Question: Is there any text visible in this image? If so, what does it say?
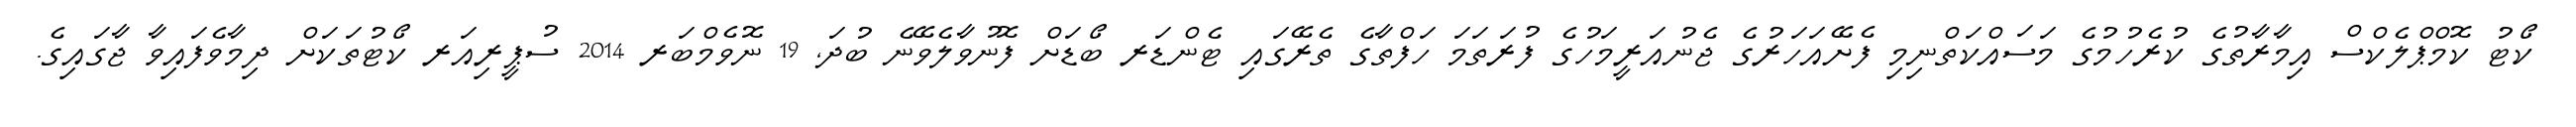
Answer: ކޯޓު ކޮމްޕްލެކްސް އިމާރާތުގެ ކުރެހުމުގެ މަސައްކަތްނިމި ފެށޭއަހަރުގެ ޖެނުއަރީމަހުގެ ފުރަތަމަ ހަފްތާގެ ތެރޭގައި ޓެންޑަރ ބޯޑަށް ފޮނުވާލެވޭނެ ބުދަ, 19 ނޮވެމްބަރ 2014 ސުޕީރިއަރ ކޯޓުތަކަށް ދިމާވެފައިވާ ޖާގައިގެ.